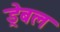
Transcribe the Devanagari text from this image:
ड्रेबल